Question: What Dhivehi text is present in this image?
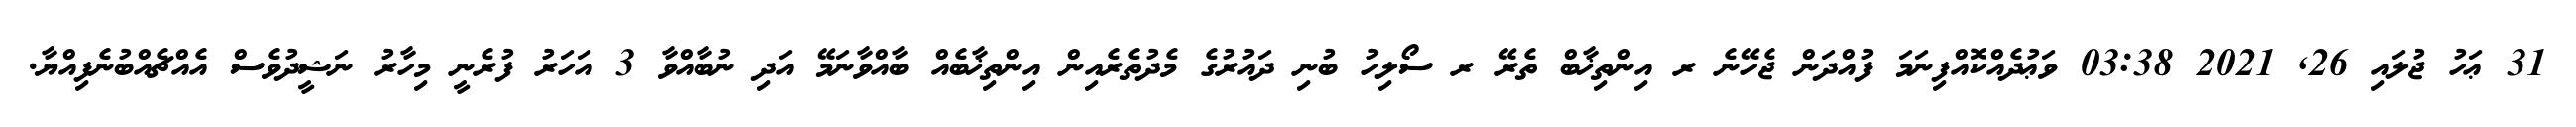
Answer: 31 ޢަހު ޖުލައި 26, 2021 03:38 ވަޢުދެއްކޮއްފިނަމަ ފުއްދަން ޖެހޭނެ ރ އިންތިޚާބް ތެރޭ ރ ސޯލިހު ބުނި ދައުރުގެ މެދުތެރެއިން އިންތިޚާބެއް ބާއްވާނަމޭ އަދި ނުބާއްވާ 3 އަހަރު ފުރެނީ މިހާރު ނަޝީދުވެސް އެއްޗެއްބުނެފިއްޔާ.